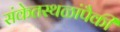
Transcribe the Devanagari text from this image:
संकेतस्थळांपैकी